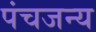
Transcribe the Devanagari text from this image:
पंचजन्य